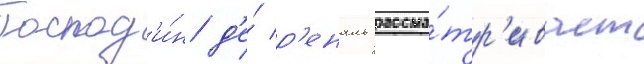
Господ'и́н д'е́ р'еналь рассма́тр'ивает